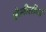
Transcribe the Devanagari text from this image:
शैलीसौंदर्य